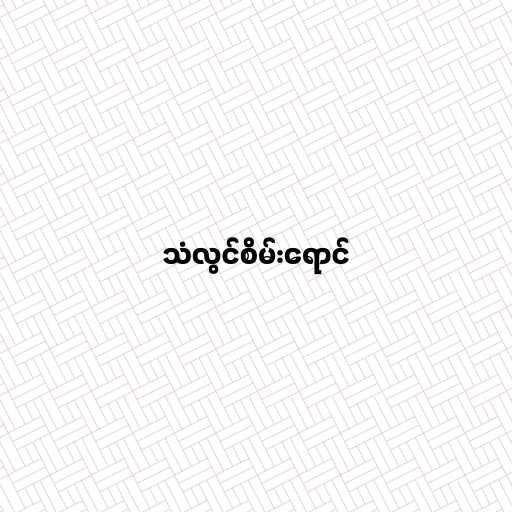
သံလွင်စိမ်းရောင်